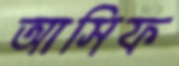
আসিফ